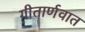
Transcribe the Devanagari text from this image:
गीतार्णवात